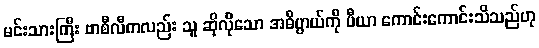
မင်းသားကြီး ဗာစီလီကလည်း သူ ဆိုလိုသော အဓိပ္ပာယ်ကို ပီယာ ကောင်းကောင်းသိသည်ဟု